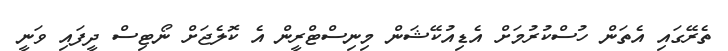
ތެރޭގައި އެތަން ހުސްކުރުމަށް އެޑިއުކޭޝަން މިނިސްޓްރީން އެ ކޮލެޖަށް ނޯޓިސް ދީފައި ވަނީ